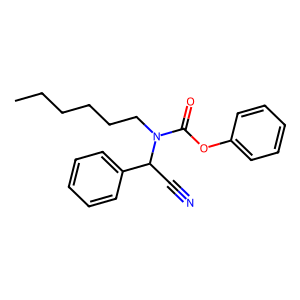
SMILES: CCCCCCN(C(=O)Oc1ccccc1)C(C#N)c1ccccc1
Inhibits HIV replication: No